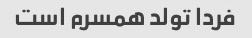
فردا تولد همسرم است